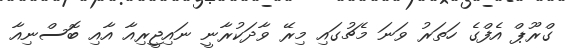
ގްރޫޕް އެފްގެ ހަތަރު ވަނަ މެޗުގައި މިރޭ ވާދަކުރާނީ ނައިޖީރިއާ އާއި ބޮސްނިއާ